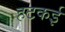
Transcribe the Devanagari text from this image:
हटकई